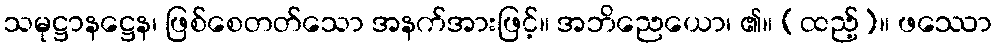
သမုဋ္ဌာနဋ္ဌေန၊ ဖြစ်စေတတ်သော အနက်အားဖြင့်။ အဘိညေယော၊ ၏။ (ထည့်)။ ဖဿော